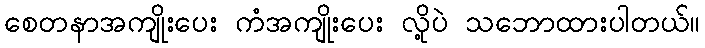
စေတနာအကျိုးပေး ကံအကျိုးပေး လို့ပဲ သဘောထားပါတယ်။